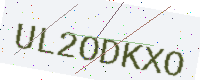
Text: UL2ODKXO